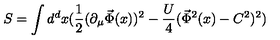
S = \int d ^ { d } x ( \frac { 1 } { 2 } ( \partial _ { \mu } \vec { \Phi } ( x ) ) ^ { 2 } - \frac { U } { 4 } ( \vec { \Phi } ^ { 2 } ( x ) - C ^ { 2 } ) ^ { 2 } )